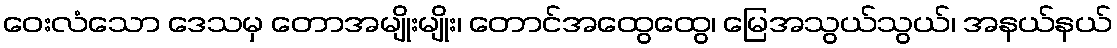
ဝေးလံသော ဒေသမှ တောအမျိုးမျိုး၊ တောင်အထွေထွေ၊ မြေအသွယ်သွယ်၊ အနယ်နယ်